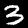
Label: 3